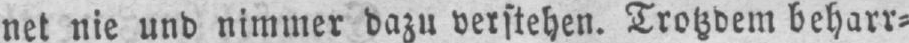
net nie und nimmer dazu verstehen. Trotzdem beharr⸗